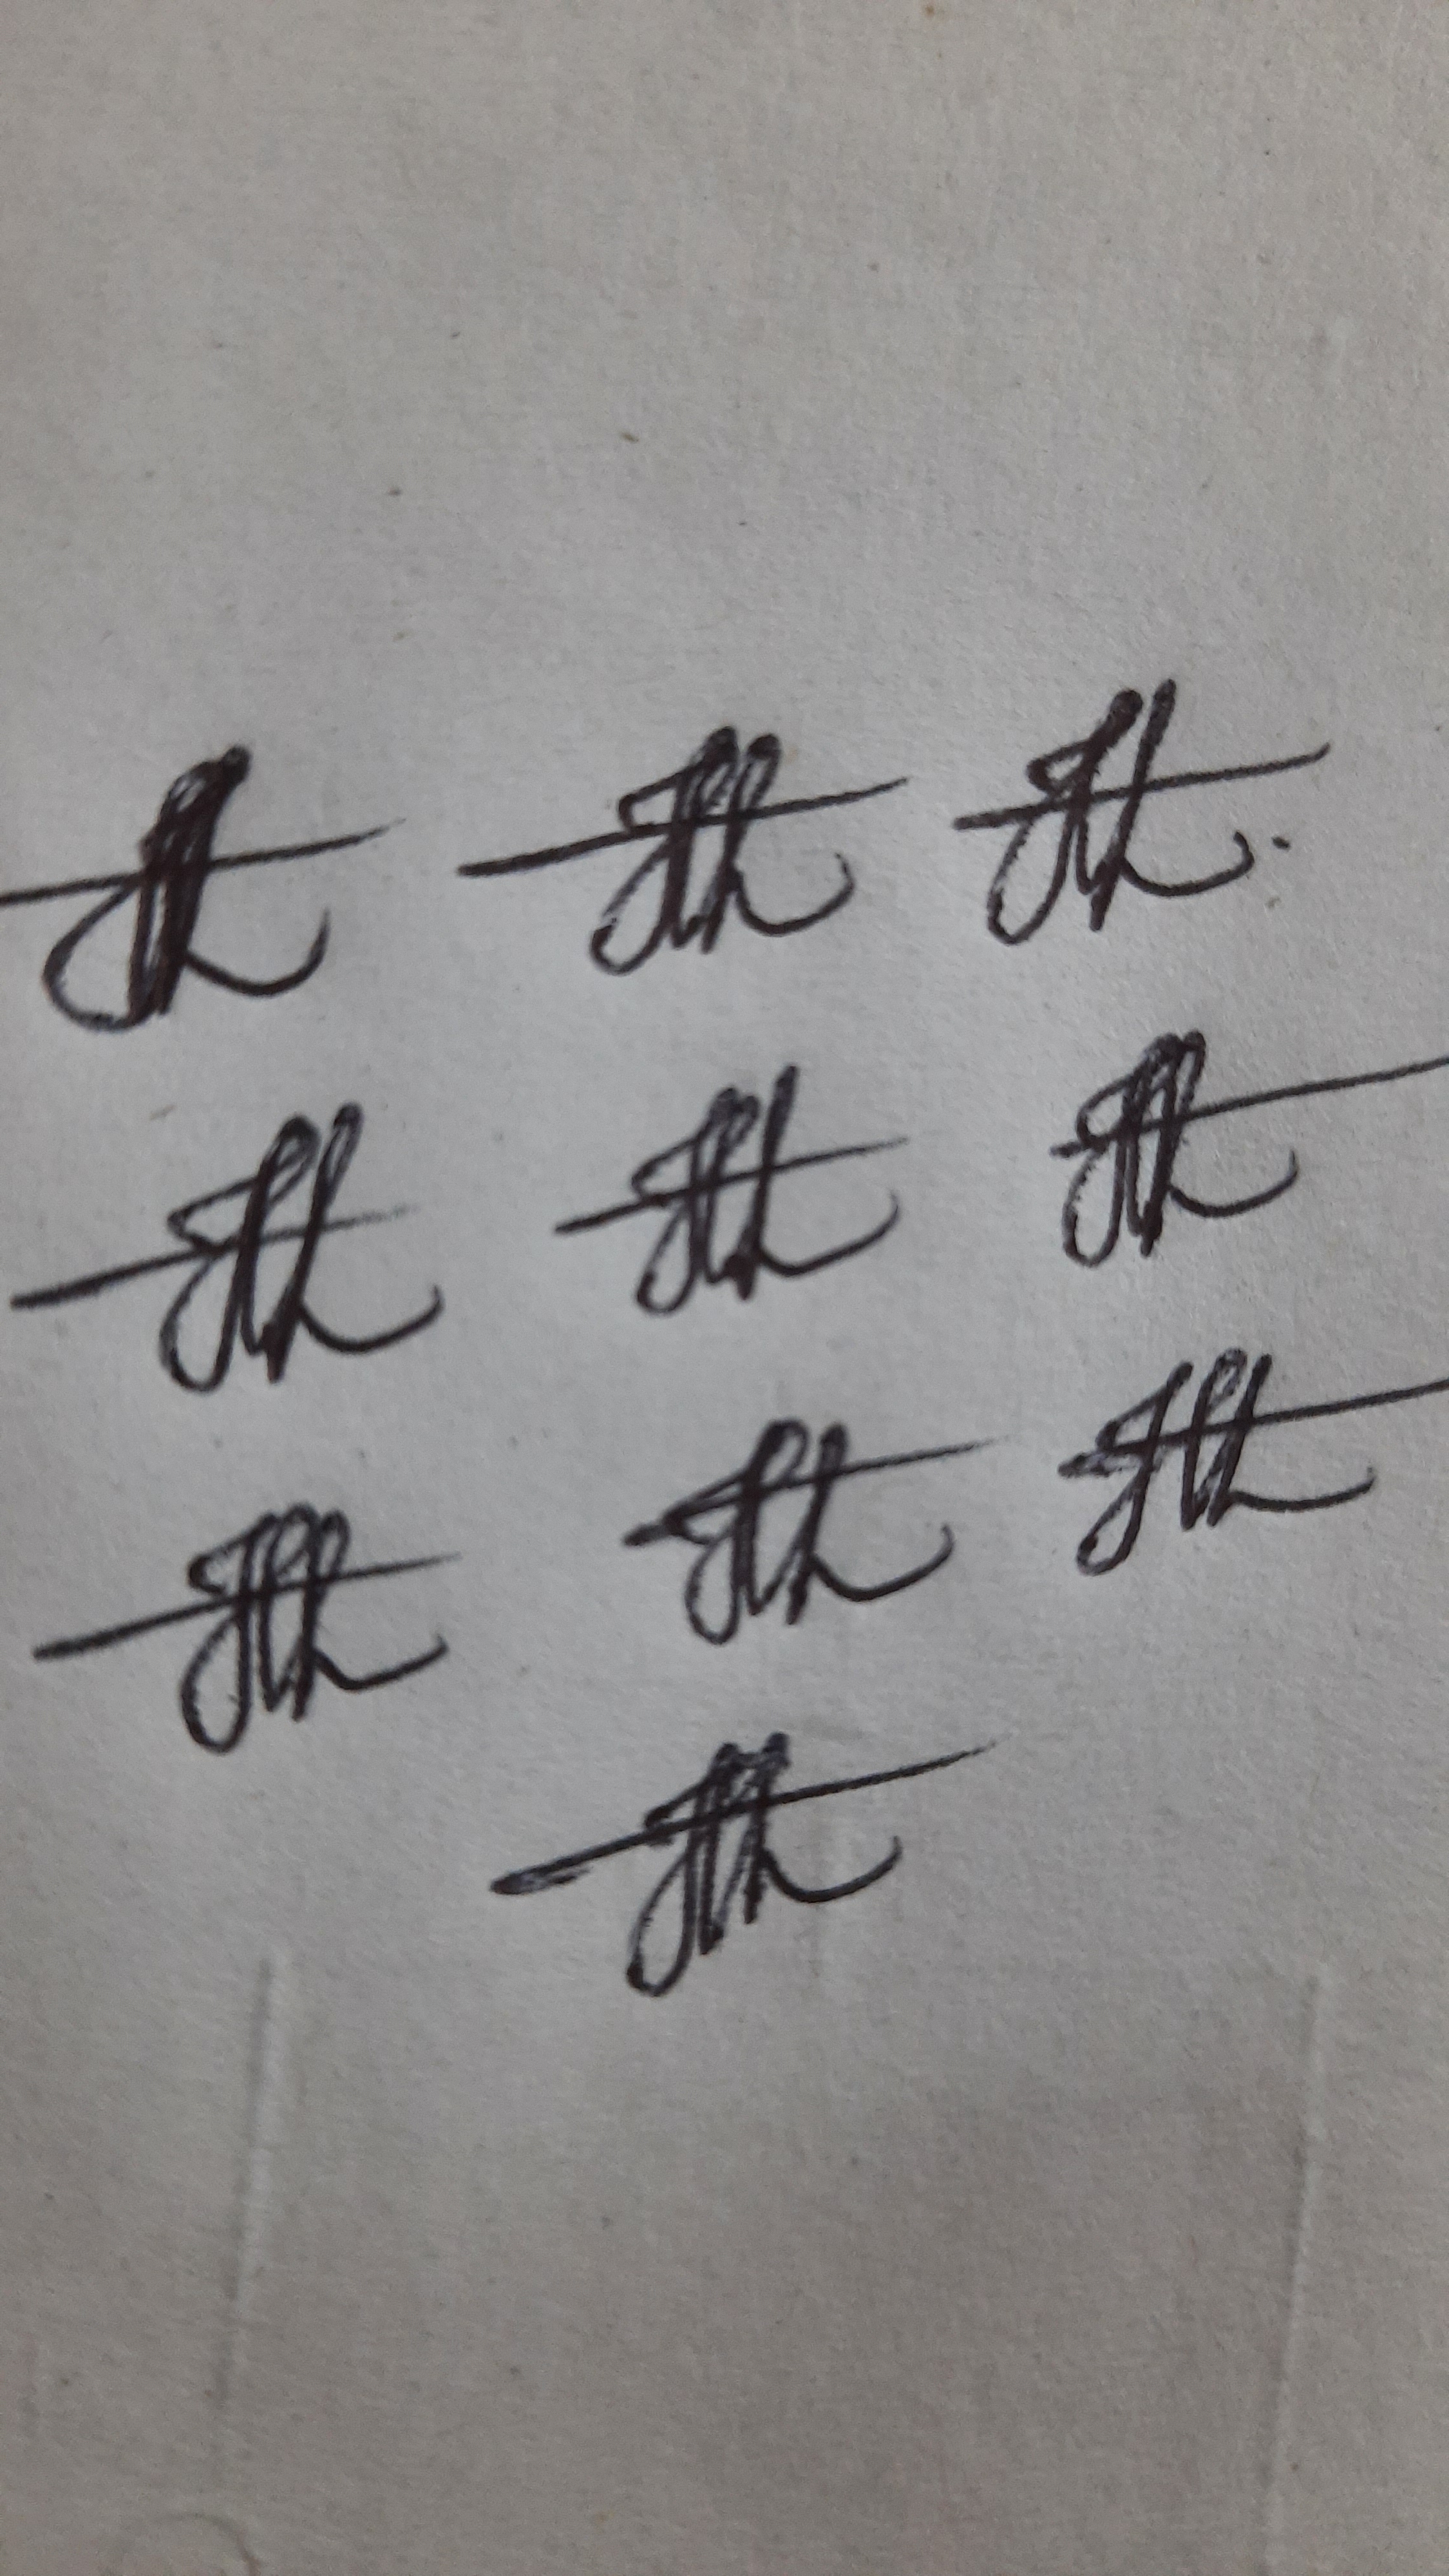
Signature authenticity: genuine